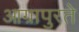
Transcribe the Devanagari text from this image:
आग्रापुरते